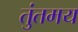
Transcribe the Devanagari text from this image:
तुंतमय